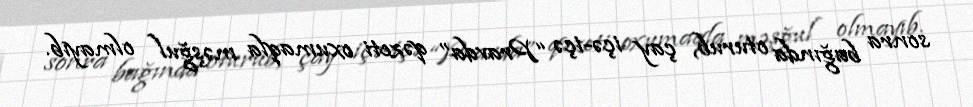
sonra bağında oturub, çay içə-içə “Pravda” qəzeti oxumaqla məşğul olmayıb.